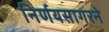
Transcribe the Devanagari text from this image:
निर्णयसागरने